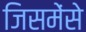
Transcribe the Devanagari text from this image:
जिसमेंसे